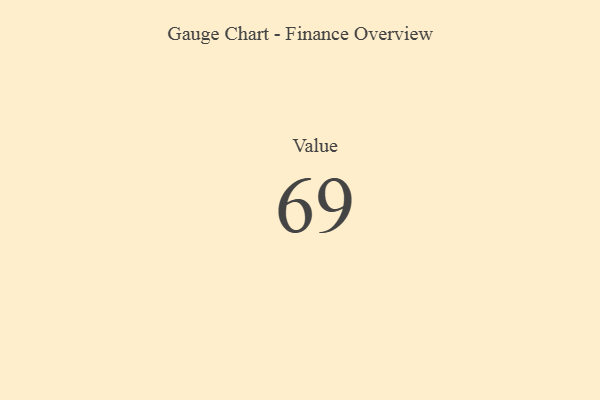
{"axis": {"x": "Metric", "y": "Value"}, "legend": [""], "data": [{"x": "Value", "y": 69, "type": ""}]}